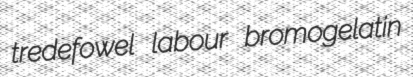
tredefowel labour bromogelatin